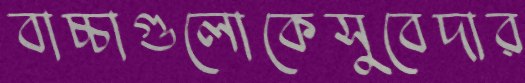
বাচ্চাগুলোকেসুবেদার